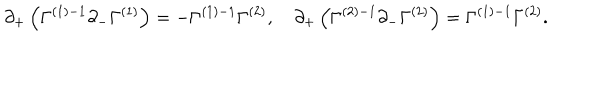
\partial _ { + } \left( \Gamma ^ { ( 1 ) - 1 } \partial _ { - } \Gamma ^ { ( 1 ) } \right) = - \Gamma ^ { ( 1 ) - 1 } \Gamma ^ { ( 2 ) } , \quad \partial _ { + } \left( \Gamma ^ { ( 2 ) - 1 } \partial _ { - } \Gamma ^ { ( 2 ) } \right) = \Gamma ^ { ( 1 ) - 1 } \Gamma ^ { ( 2 ) } .